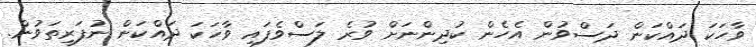
ވާހަކަ ދައްކަން ދަސްވުން އެހެން ކުދިންނަށް ވުރެ ލަސްވެފައި ވާހަކަ ދައްކަން ނުފަރިތަވުން.